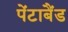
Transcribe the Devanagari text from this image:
पेंटाबैंड